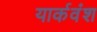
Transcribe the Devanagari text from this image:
यार्कवंश